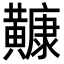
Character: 𪏢